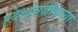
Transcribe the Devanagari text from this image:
प्रदेशानजीकच्या